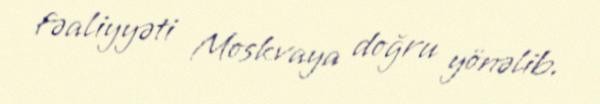
fəaliyyəti Moskvaya doğru yönəlib.